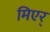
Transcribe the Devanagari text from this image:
मिएर्